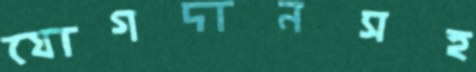
যোগদানসহ